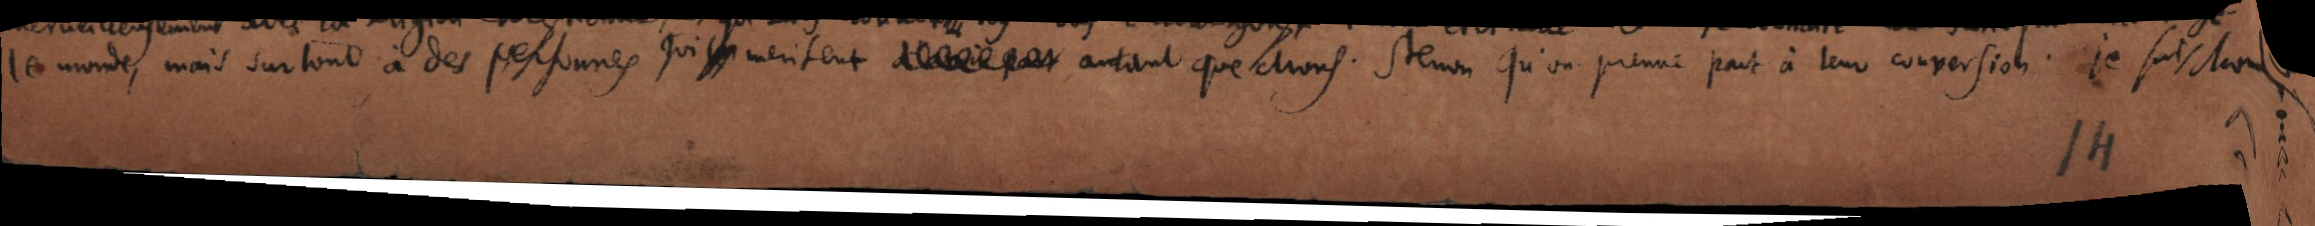
le monde, mais surtout à des personnes qui meritent d’avoir part autant que Mons. Stenon qu’on prenne part à leur conversation. Je suis Mons